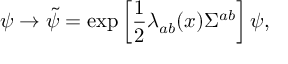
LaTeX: \psi \to \tilde { \psi } = \exp \left[ \frac { 1 } { 2 } \lambda _ { a b } ( x ) \Sigma ^ { a b } \right] \psi ,